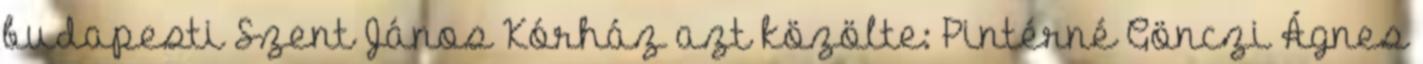
budapesti Szent János Kórház azt közölte: Pintérné Gönczi Ágnes